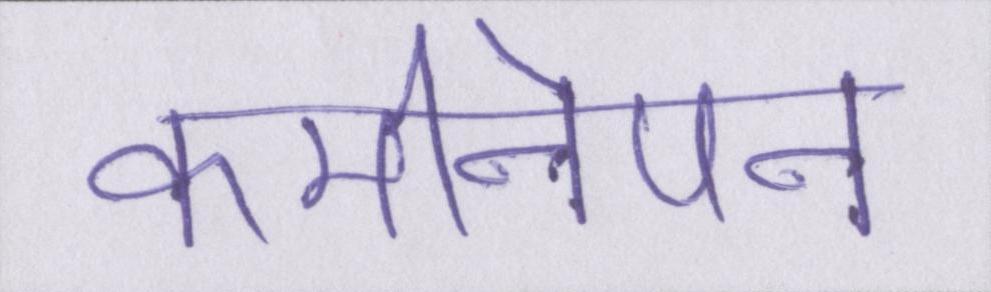
कमीनेपन